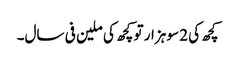
کچھ کی 2 سو ہزار تو کچھ کی ملین فی سال۔